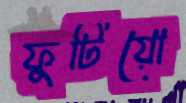
ফুটিয়ো